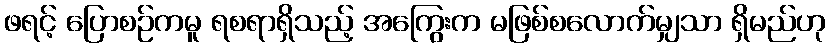
ဖရင့် ပြောစဉ်ကမူ ရစရာရှိသည့် အကြွေးက မဖြစ်စလောက်မျှသာ ရှိမည်ဟု